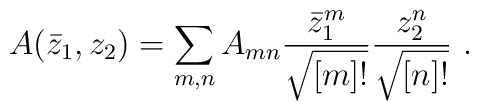
A(\bar z_1,z_2)=\sum_{m,n} A_{mn}\frac{\bar z_1^m}{\sqrt{[m]!}}\frac{z_2^n}{\sqrt{[n]!}}\ .